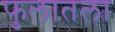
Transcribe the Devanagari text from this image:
फुलातला